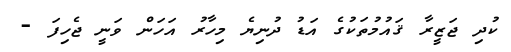
ކުދި ޖަޒީރާ ޤައުމުތަކުގެ އަޑު ދުނިޔެ މިހާރު އަހަން ވަނީ ޖެހިފަ -